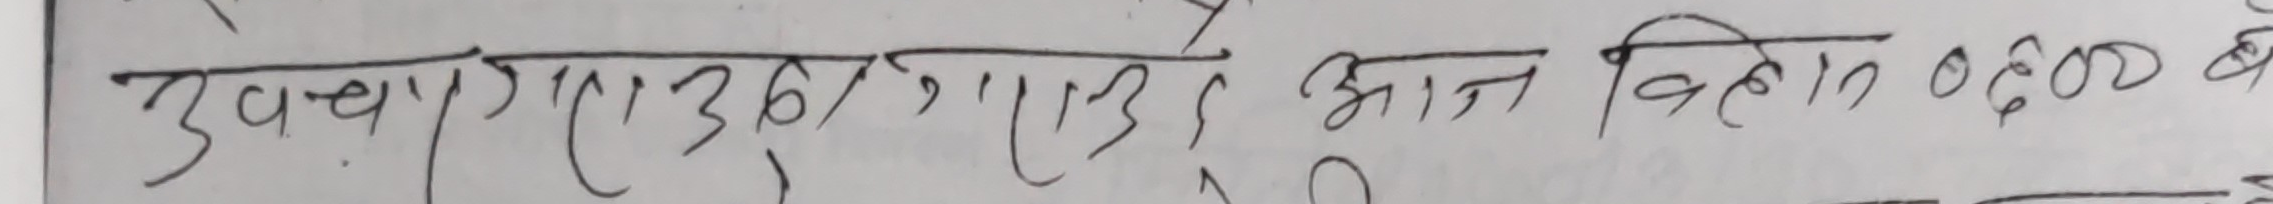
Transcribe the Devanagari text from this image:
उव.पा/ए36/'एरुर आज विहान 06:00 बजे